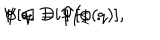
\Psi [ q ] = \Psi [ \phi ( q ) ] , \hspace { 1 c m } \phi \in D i f f _ { \Sigma } \ .